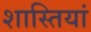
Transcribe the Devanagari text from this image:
शास्तियां